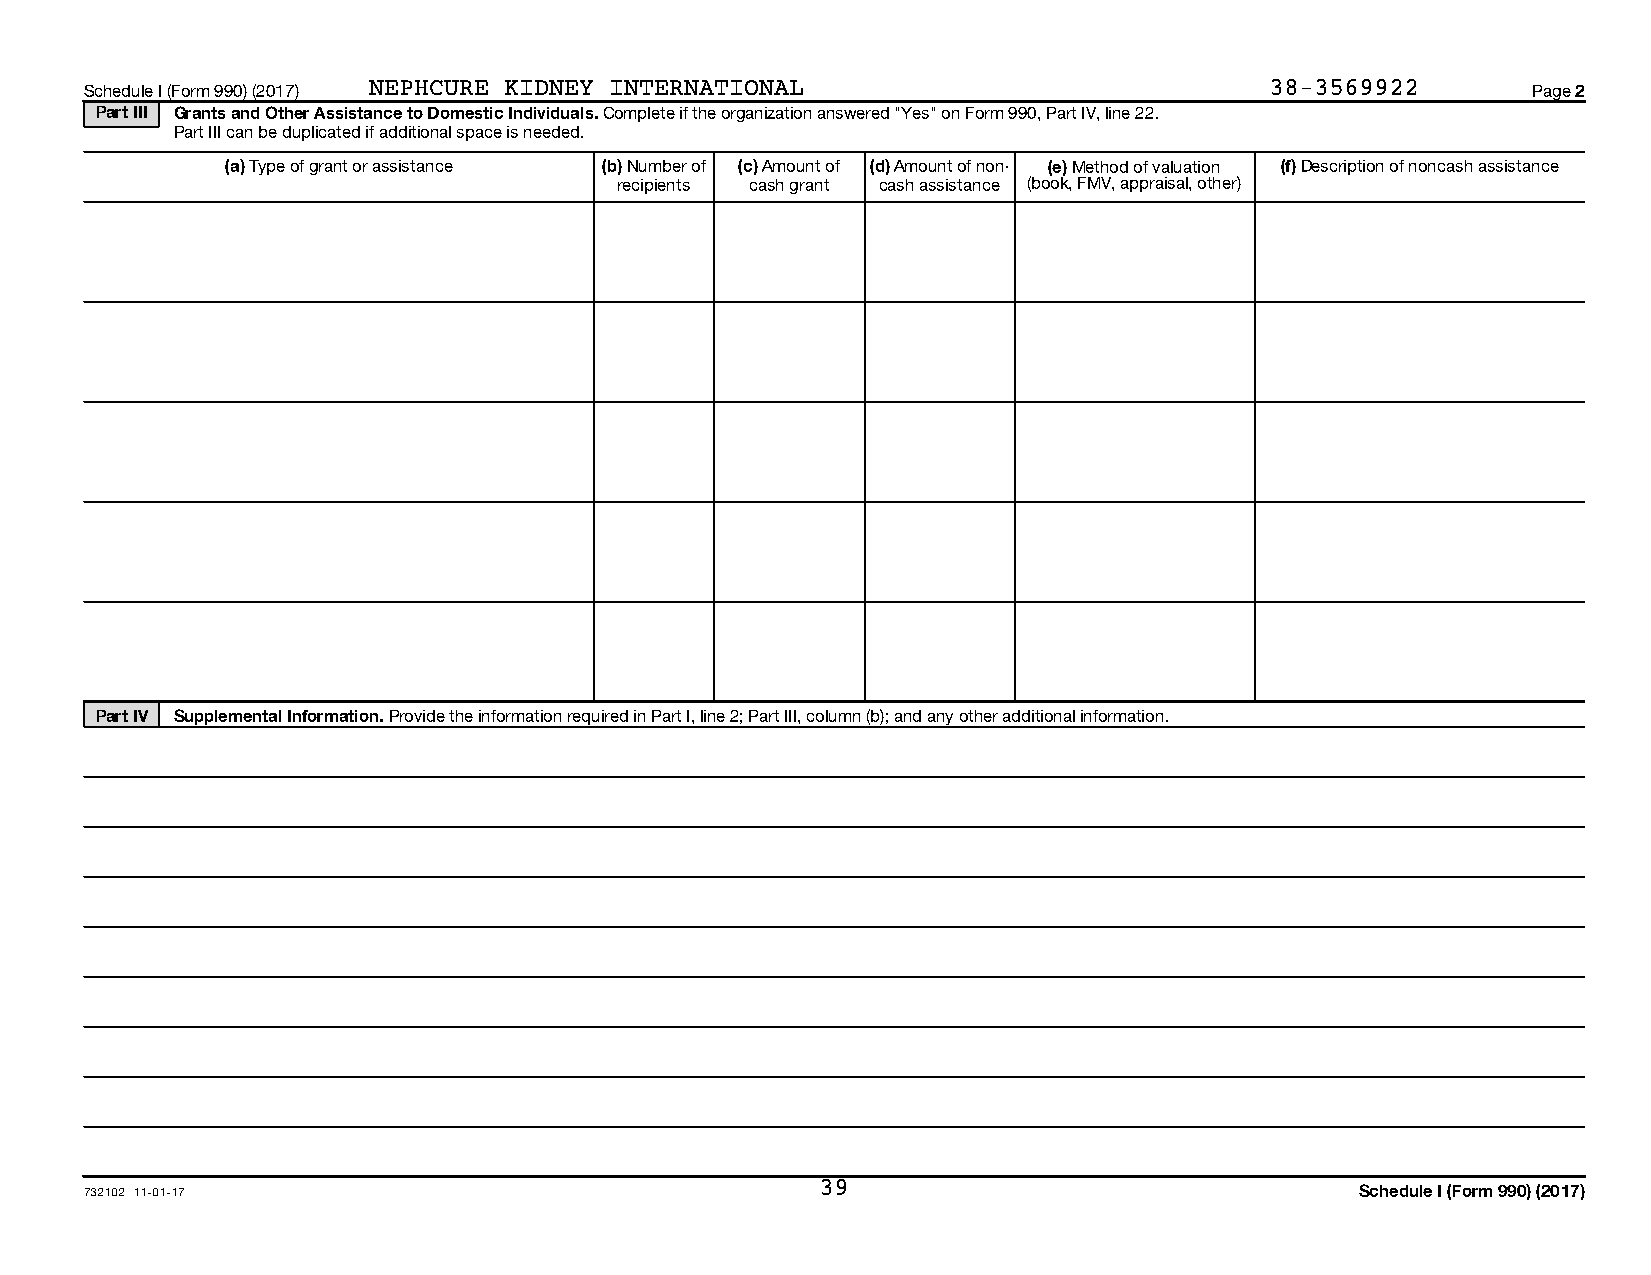
Schedule I (Form 990) (2017) NEPHCURE KIDNEY INTERNATIONAL                    38-3569922       Page 2
 Part III Grants and Other Assistance to Domestic Individuals. Complete if the organization answered "Yes" on Form 990, Part IV, line 22.
 Part III can be duplicated if additional space is needed.
 (a) Type of grant or assistance (b) Number of (c) Amount of (d) Amount of non- (e) Method of valuation (f) Description of noncash assistance
 recipients cash grant cash assistance (book, FMV, appraisal, other)
 Part IV Supplemental Information. Provide the information required in Part I, line 2; Part III, column (b); and any other additional information.
 732102 11-01-17                                 39                                  Schedule I (Form 990) (2017)
 09300622 758924 31768.20     2017.03030 NEPHCURE KIDNEY INTERNATION 31768_21